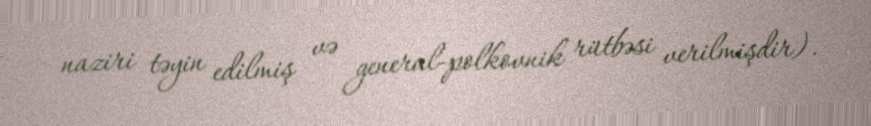
naziri təyin edilmiş və general-polkovnik rütbəsi verilmişdir).